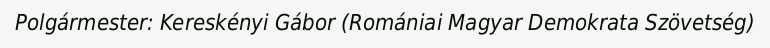
Polgármester: Kereskényi Gábor (Romániai Magyar Demokrata Szövetség)